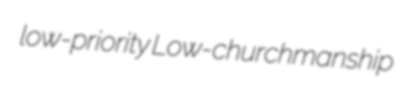
low-priority Low-churchmanship